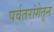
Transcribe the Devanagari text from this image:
पर्वतरांगेतून